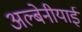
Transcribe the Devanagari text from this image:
अल्बेनीयाई